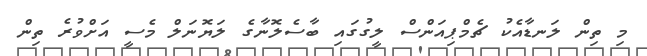
މި ތިން ލަނޑާއެކު ޗެމްޕިއަންސް ލީގުގައި ބާސެލޮނާގެ ލަޔޮނަލް މެސީ އަށްވުރެ ތިން